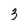
Character: 3